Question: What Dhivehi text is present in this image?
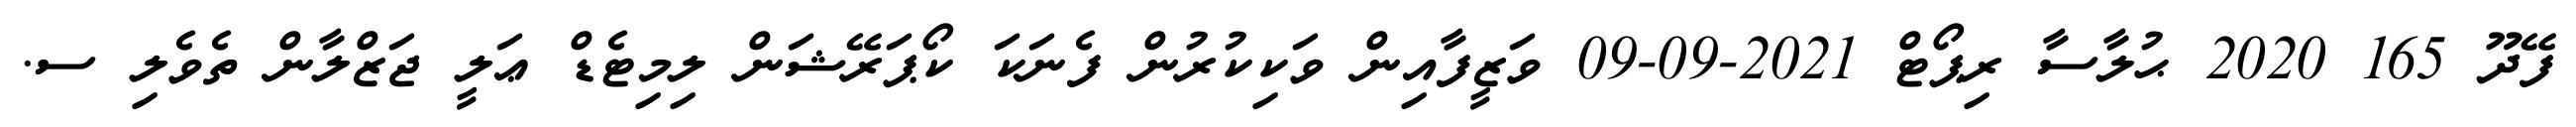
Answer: ފޭދޫ 165 2020 ޙުލާސާ ރިޕޯޓް 2021-09-09 ވަޒީފާއިން ވަކިކުރުން ފެނަކަ ކޯޕަރޭޝަން ލިމިޓެޑް ޢަލީ ޖަޒްލާން ތެވެލި ސ.